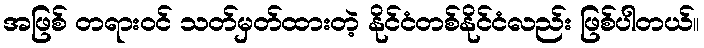
အဖြစ် တရားဝင် သတ်မှတ်ထားတဲ့ နိုင်ငံတစ်နိုင်ငံလည်း ဖြစ်ပါတယ်။